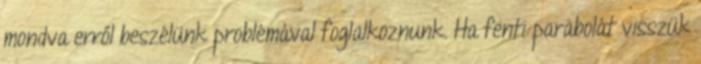
mondva erről beszélünk problémával foglalkoznunk. Ha fenti parabolát visszük